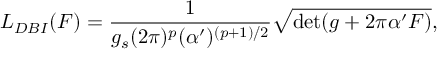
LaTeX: { \cal L } _ { D B I } ( F ) = \frac { 1 } { g _ { s } ( 2 \pi ) ^ { p } ( \alpha ^ { \prime } ) ^ { ( p + 1 ) / 2 } } \sqrt { \operatorname * { d e t } ( g + 2 \pi \alpha ^ { \prime } F ) } ,